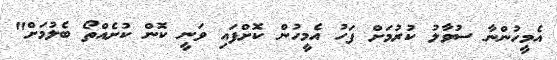
އެމީހުންނާ ސުވާލު ކުރުމަށް ފަހު އެމީހުން ކޮށްފައި ވަނީ ކޮން ކުށެއްތޯ ބެލުމަށް"